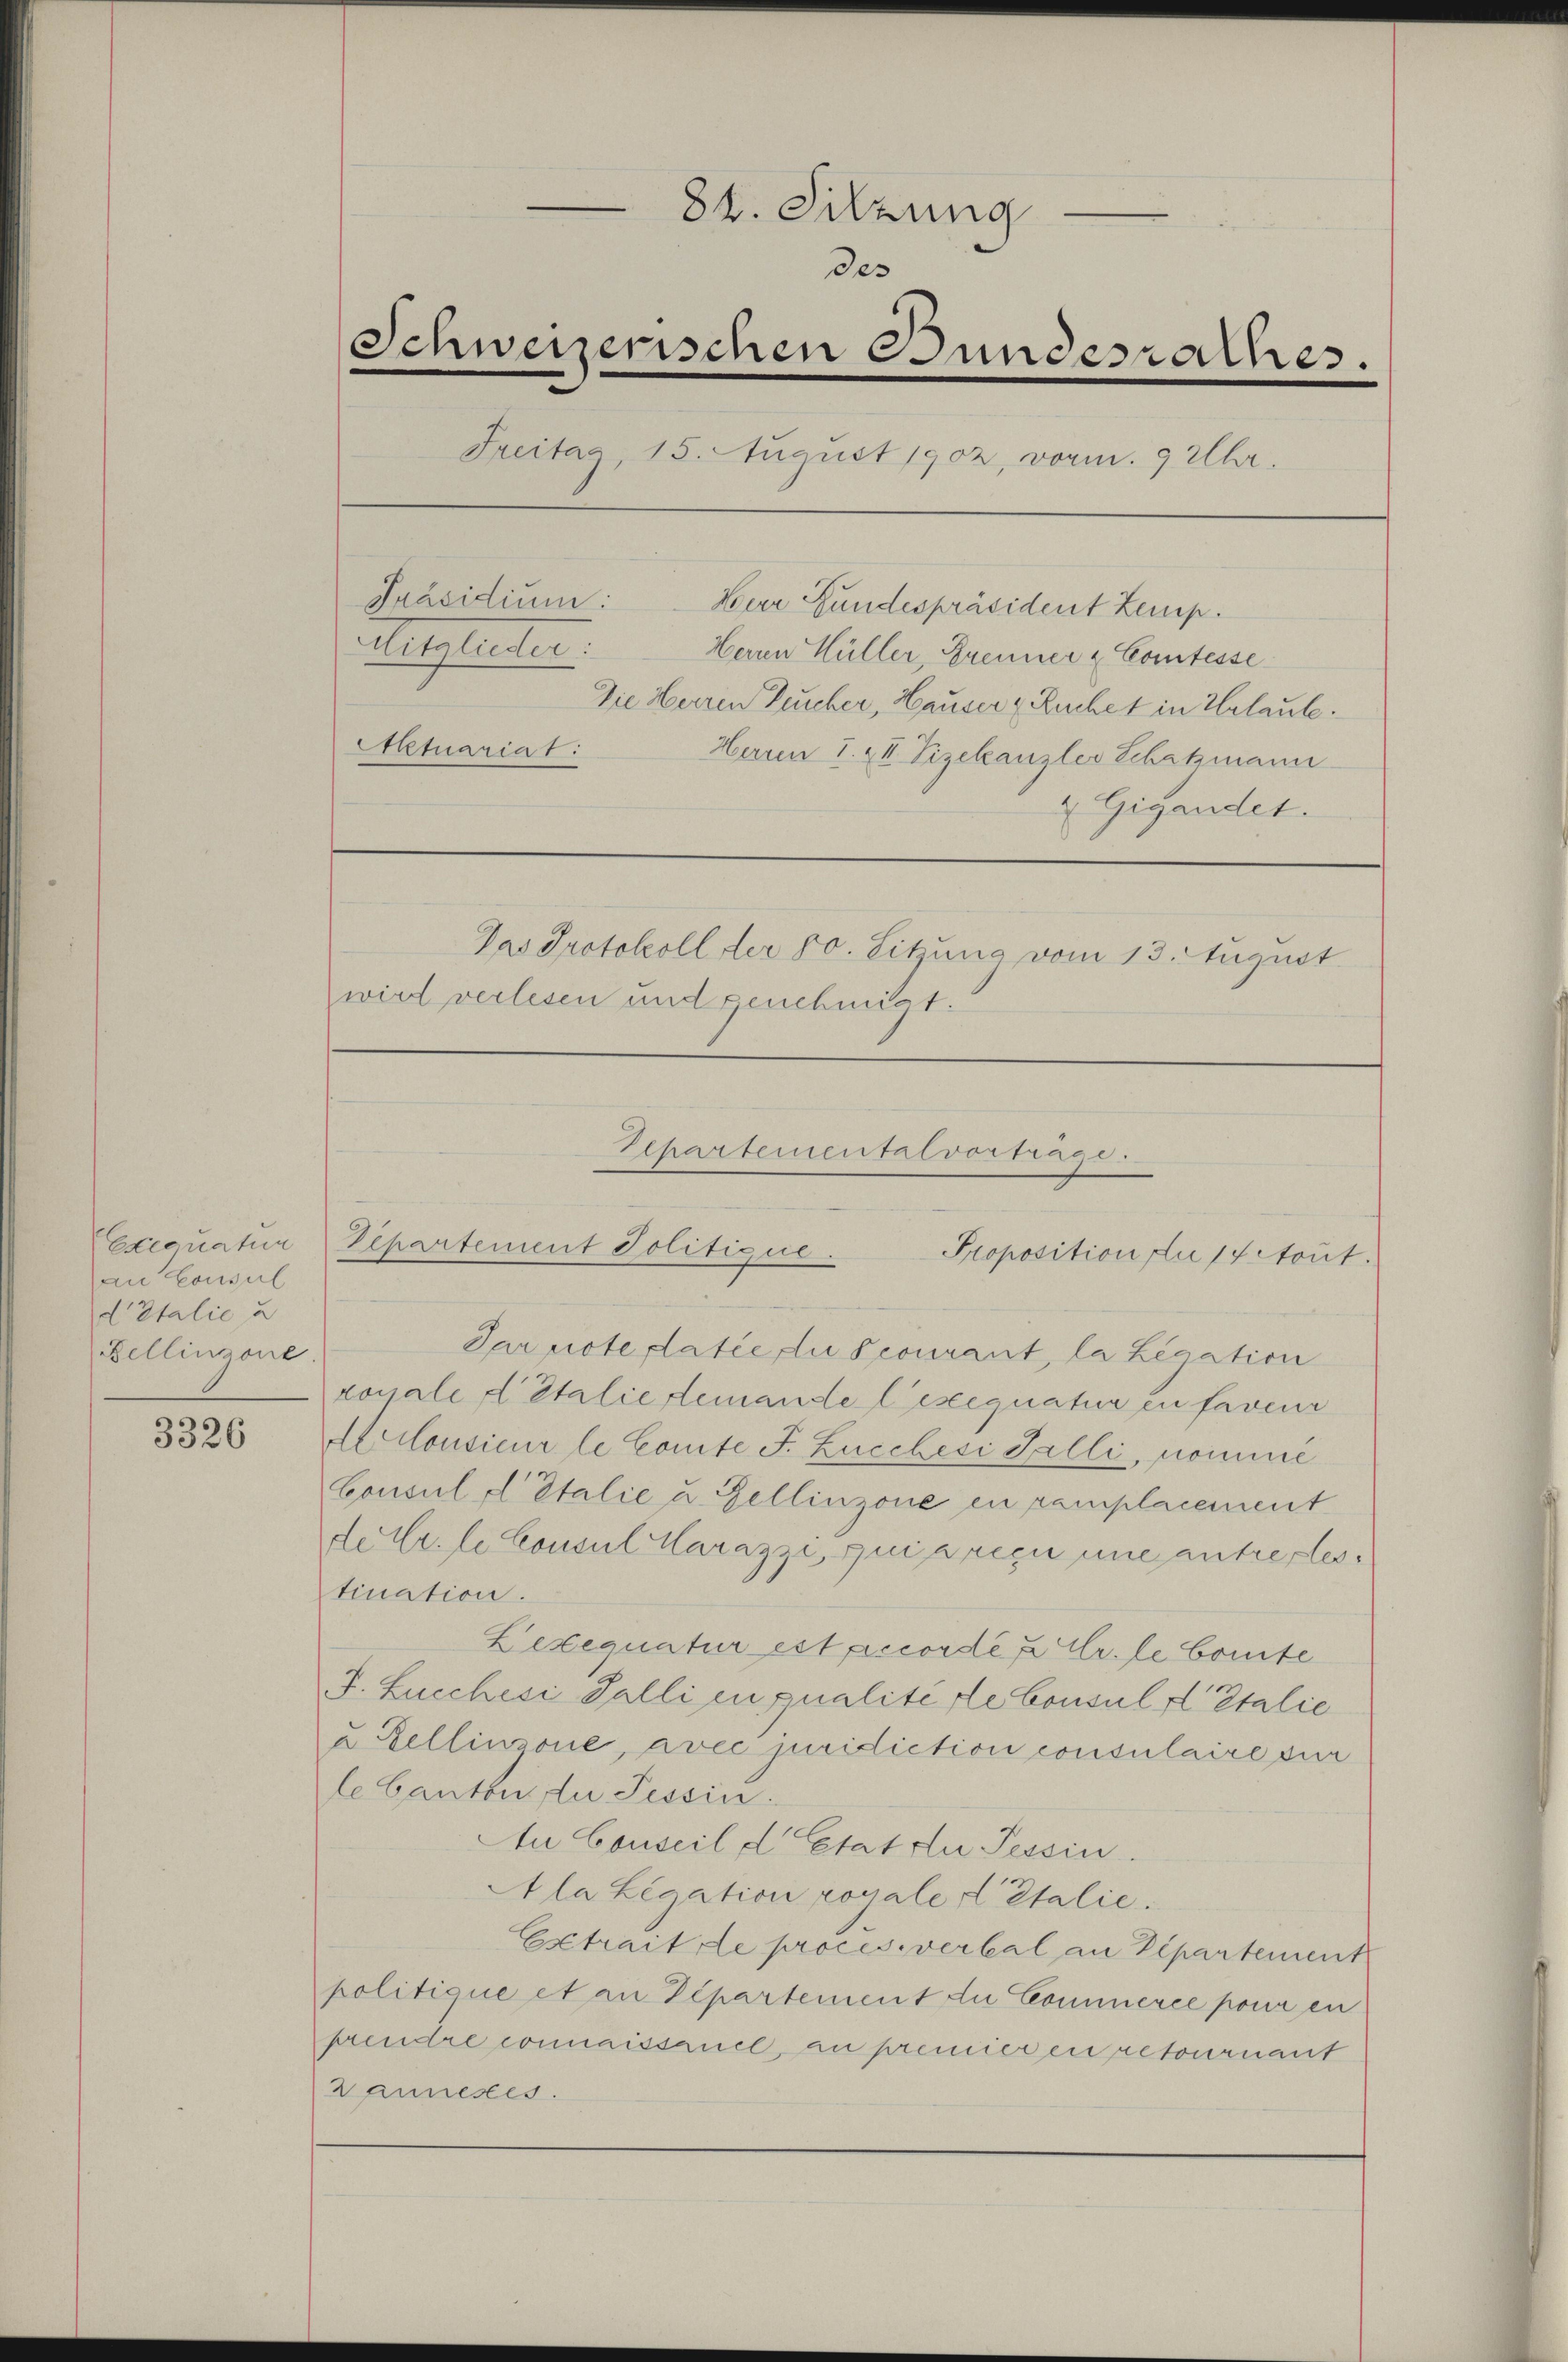
an Konsul
d’Italie u
Bellinzone.

3326

84. Sitzung
des
Schweizerischen Bundesrathes.
Freitag, 15. August 1902, vorm. 9 Uhr.
Präsidium:
Herr Bundespräsident Zemp.
Mitglieder:
Herren Hüller, Brenner & Comtesse
Die Herren Zucker, Hauser Ruchet in Urlaute.
Actuariat
Haren 1. & II. Vizekanzler Schatzmann
 Gigandet.
Das Protokoll der 80. Sitzung vom 13. August.
wird verlesen und genehmigt.

Par note datie du courant, la Legation
konale Catalie demande Cesequatur in faveur
Aclousieur le Comte F. Lucchesi Galli, nomme
Consul détalie u. Zellinzone en remplacement
de Er le Consul Marazzi, quiarici une antreflestination.
Lexequatur est pecordé a Cr. le Comite
J. Lucchesi Palli en qualité de Consul d Italie
u Dellinzone, avec juridiction consulaire dur
le Canton zu Tessin.
An Conseil d’Etat zu Tessin.
A la Legation royale Catalie
Extrait de proces verbal an Departement
politiane et an Departement du Commerce pour en
prendre connaissanel, au premier en retournant
Lannestes.

Departemental vortrage.
Exequatur Departement Politique. Proposition die 14 Nout.